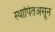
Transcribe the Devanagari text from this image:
स्थापितअसून